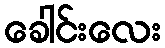
ခေါင်းလေး